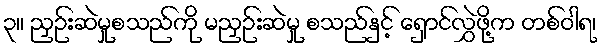
၃။ ညှဉ်းဆဲမှုစသည်ကို မညှဉ်းဆဲမှု စသည်နှင့် ရှောင်လွှဲဖို့က တစ်ဝါရ၊